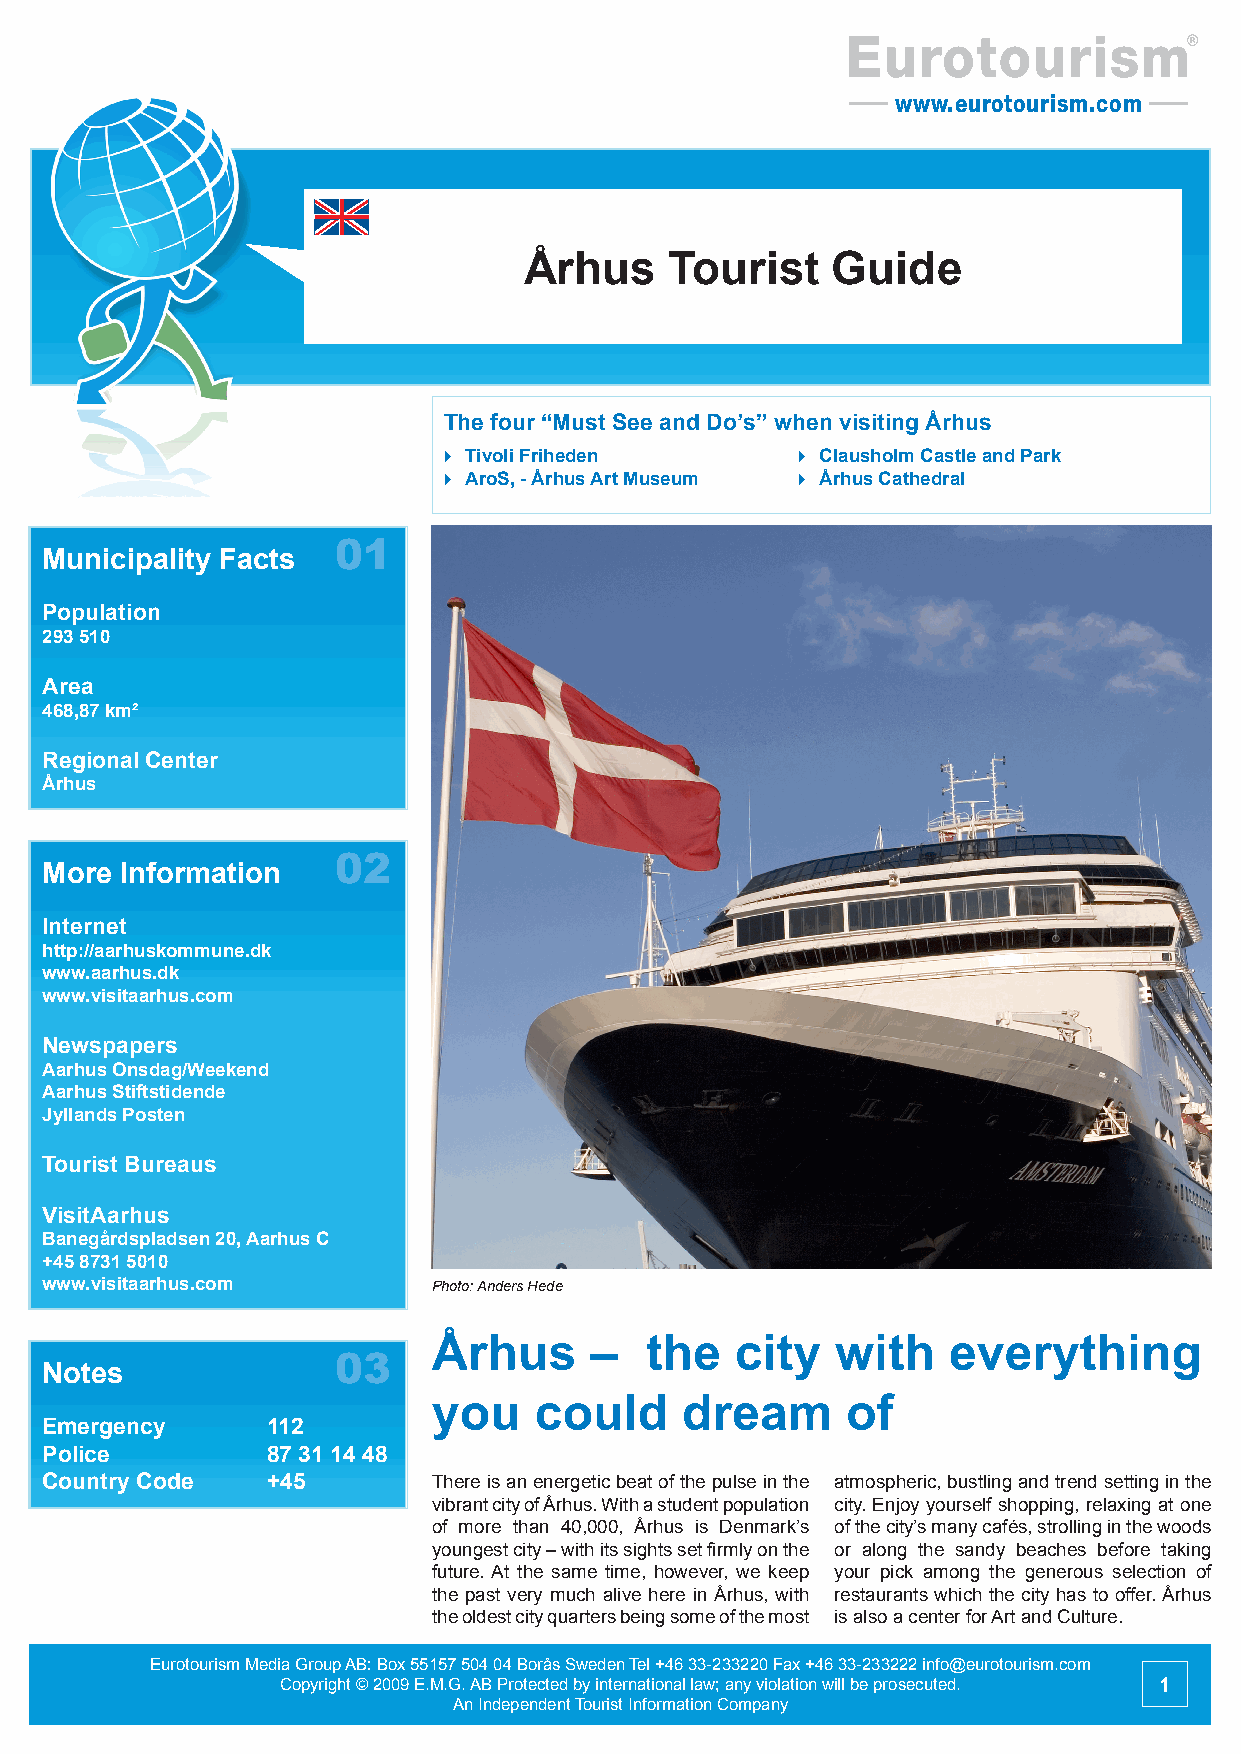
Eurotourism
 www.eurotourism.com
 Århus    Tourist    Guide
 The four “Must See and Do’s” when visiting Århus
  Tivoli Friheden       Clausholm Castle and Park
  AroS, - Århus Art Museum  Århus Cathedral
 01
 Municipality Facts
 Population
 293 510
 Area
 468,87 km²
 Regional Center
 Århus
 02
 More Information
 Internet
 http://aarhuskommune.dk
 www.aarhus.dk
 www.visitaarhus.com
 Newspapers
 Aarhus Onsdag/Weekend
 Aarhus Stiftstidende
 Jyllands Posten
 Tourist Bureaus
 VisitAarhus
 Banegårdspladsen 20, Aarhus C
 +45 8731 5010
 www.visitaarhus.com       Photo: Anders Hede
 Århus     –   the   city  with    everything
 03
 Notes
 you   could     dream      of
 Emergency      112
 Police         87 31 14 48
 Country Code   +45        There is an energetic beat of the pulse in the atmospheric, bustling and trend setting in the
 vibrant city of Århus. With a student population city. Enjoy yourself shopping, relaxing at one
 of more than 40,000, Århus is Denmark’s of the city’s many cafés, strolling in the woods
 youngest city – with its sights set firmly on the or along the sandy beaches before taking
 future. At the same time, however, we keep your pick among the generous selection of
 the past very much alive here in Århus, with restaurants which the city has to offer. Århus
 the oldest city quarters being some of the most is also a center for Art and Culture.
 Eurotourism Media Group AB: Box 55157 504 04 Borås Sweden Tel +46 33-233220 Fax +46 33-233222 info@eurotourism.com
 Copyright © 2009 E.M.G. AB Protected by international law; any violation will be prosecuted. 1
 An Independent Tourist Information Company